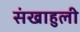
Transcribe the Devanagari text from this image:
संखाहुली